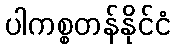
ပါကစ္စတန်နိုင်ငံ